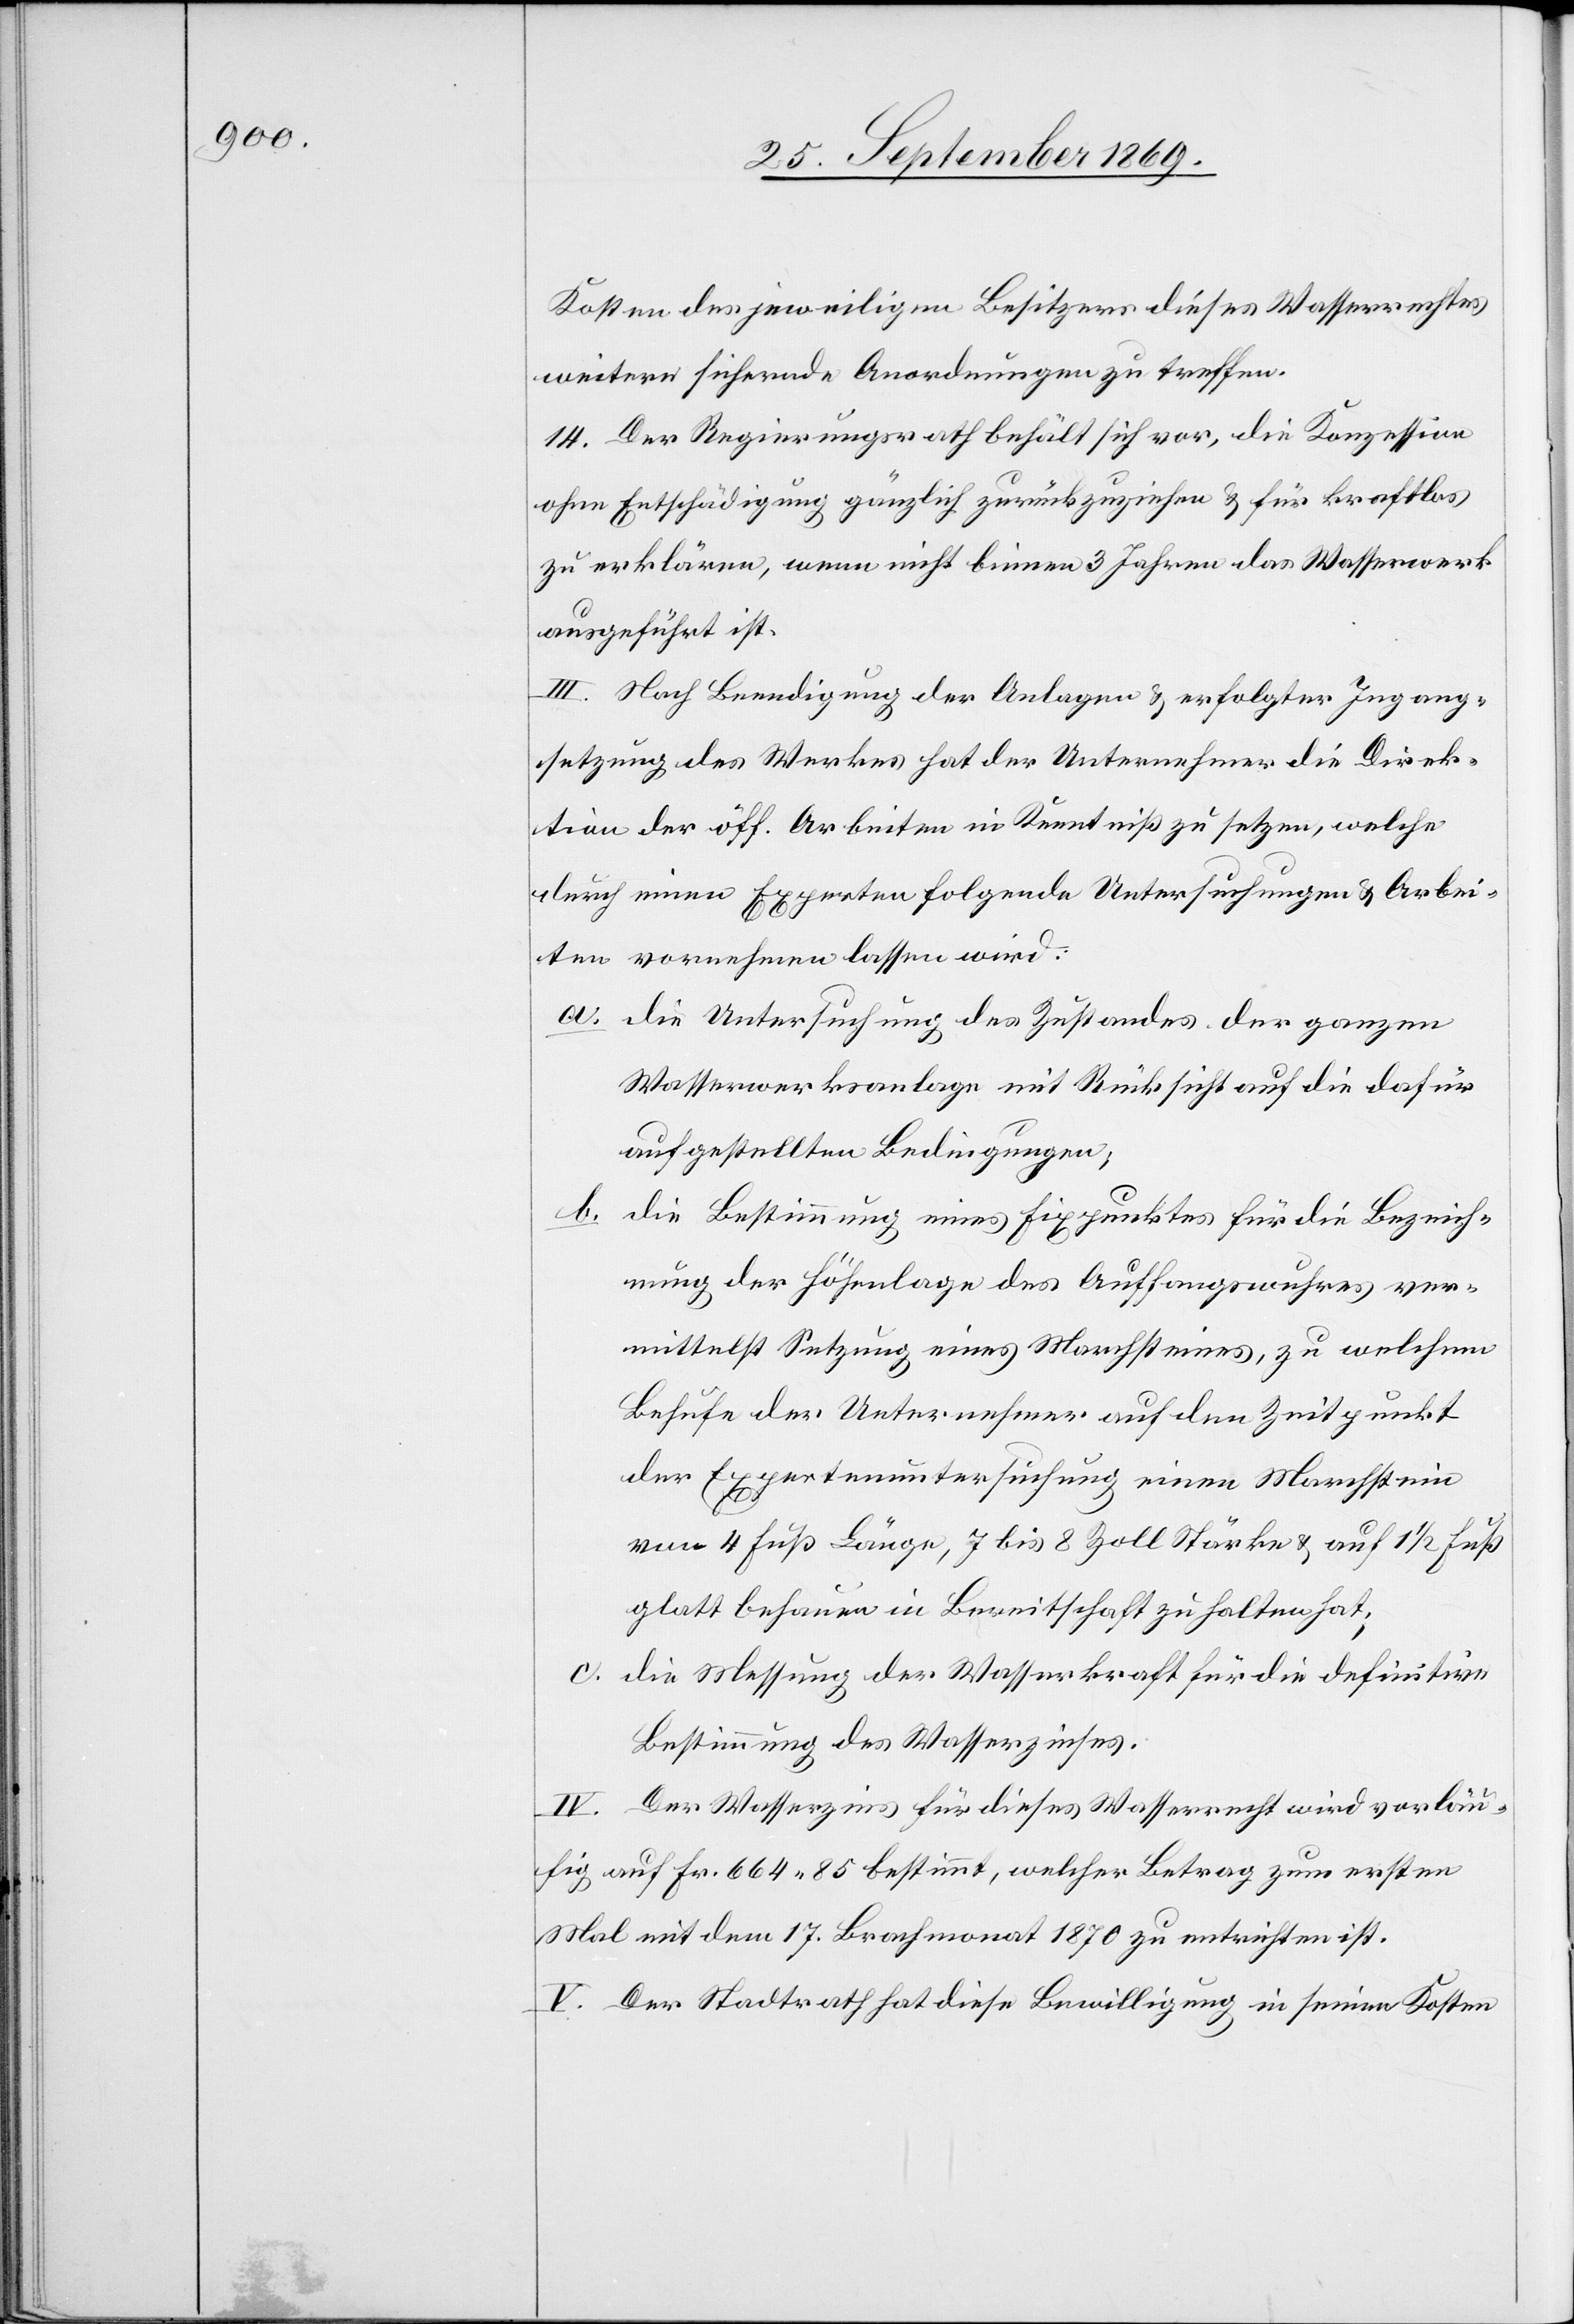
Kosten des jeweiligen Besitzers dieses Wasserrechtes
weitere sichernde Anordnungen zu treffen.
14. Der Regierungsrath behält sich vor, die Konzession
ohne Entschädigung gänzlich zurückzuziehen & für kraftlos
zu erklären, wenn nicht binnen 3 Jahren das Wasserwerk
ausgeführt ist.
III. Nach Beendigung der Anlagen & erfolgter Ingang¬
setzung des Werkes hat der Unternehmer die Direk¬
tion der öff. Arbeiten in Kenntniß zu setzen, welche
durch einen Experten folgende Untersuchungen & Arbei¬
ten vornehmen lassen wird:
a. die Untersuchung des Zustandes der ganzen
Wasserwerksanlage mit Rücksicht auf die dafür
aufgestellten Bedingungen;
b. die Bestimmung eines Fixpunktes für die Bezeich¬
nung der Höhenlage des Auffangswuhres ver¬
mittelst Setzung eines Marchsteines, zu welchem
Behufe der Unternehmer auf den Zeitpunkt
der Expertenuntersuchung einen Marchstein
von 4 Fuß Länge, 7 bis 8 Zoll Stärke & auf 1 1/2 Fuß
glatt behauen in Bereitschaft zu halten hat;
c. die Messung der Wasserkraft für die definitive
Bestimmung des Wasserzinses.
Der Wasserzins für dieses Wasserrecht wird vorläu¬
fig auf Fr. 664 85 bestimmt, welcher Betrag zum ersten
Mal mit dem 17. Brachmonat 1870 zu entrichten ist.
V. Der Stadtrath hat diese Bewilligung in seinen Kosten